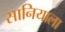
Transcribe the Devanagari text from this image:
सानियाला